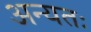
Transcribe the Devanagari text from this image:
अन्यतः